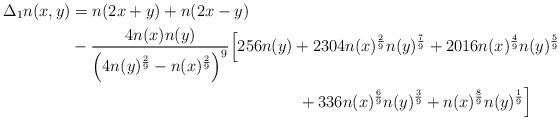
LaTeX: \begin{align*}\Delta_1n(x,y) & = n(2x+y)+n(2x-y)\\&-\frac{4n(x)n(y)}{\left(4n(y)^{\frac{2}{9}}-n(x)^{\frac{2}{9}}\right)^9}\Big[256n(y)+2304n(x)^{\frac{2}{9}}n(y)^{\frac{7}{9}}+2016n(x)^{\frac{4}{9}}n(y)^{\frac{5}{9}}\\&\qquad\qquad\qquad\qquad\qquad\qquad\qquad+336n(x)^{\frac{6}{9}}n(y)^{\frac{3}{9}}+n(x)^{\frac{8}{9}}n(y)^{\frac{1}{9}}\Big]\end{align*}